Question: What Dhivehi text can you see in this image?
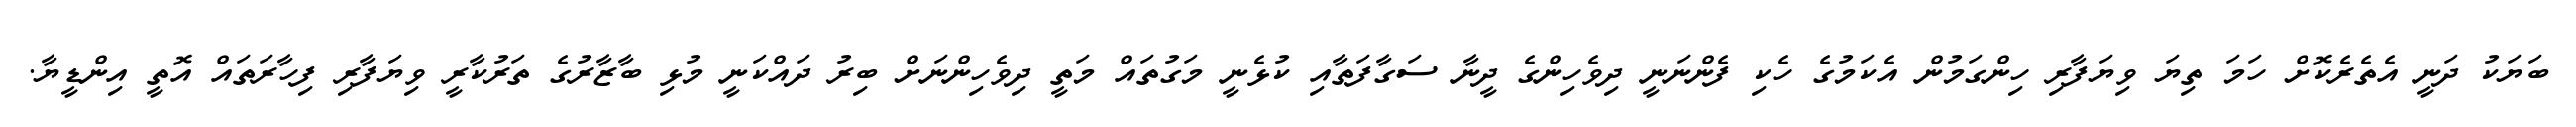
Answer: ބަޔަކު ދަނީ އެތެރެކޮށް ހަމަ ތިޔަ ވިޔަފާރި ހިންގަމުން އެކަމުގެ ހެކި ފެންނަނީ ދިވެހިންގެ ދީނާ ސަގާފަތާއި ކުޅެނީ މަގުތައް މަތީ ދިވެހިންނަށް ބިރު ދައްކަނީ މުޅި ބާޒާރުގެ ތަރުކާރީ ވިޔަފާރި ފިހާރަތައް އޮތީ އިންޑީޔާ.